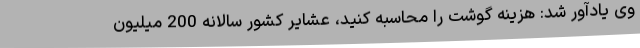
وی یادآور شد: هزینه گوشت را محاسبه کنید، عشایر کشور سالانه 200 میلیون